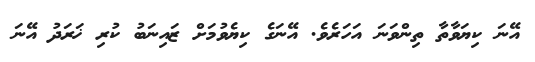
އޭނަ ކިޔަވާތާ ތިންވަނަ އަހަރެވެ. އޭނަގެ ކިޔެވުމަށް ޒައިނަބު ކުރި ޚަރަދު އޭނަ